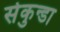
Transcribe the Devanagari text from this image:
सेकुन्डा